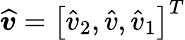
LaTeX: \widehat{\boldsymbol{v}}=\left[\widehat{v}_{2},\widehat{v},\widehat{v}_{1}\right]^{T}